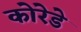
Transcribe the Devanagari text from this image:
कोरेडे